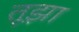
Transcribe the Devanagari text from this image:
तूझा